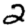
Digit: 2